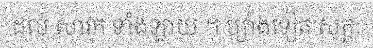
ដល់ សាវក ទាំងឡាយ ។ ម្យ៉ាងទៀត សុត្តៈ